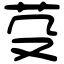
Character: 芟